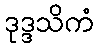
ဒုဒ္ဒသိကံ